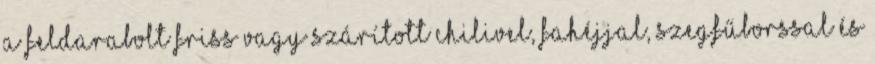
a feldarabolt friss vagy szárított chilivel, fahéjjal, szegfűborssal és